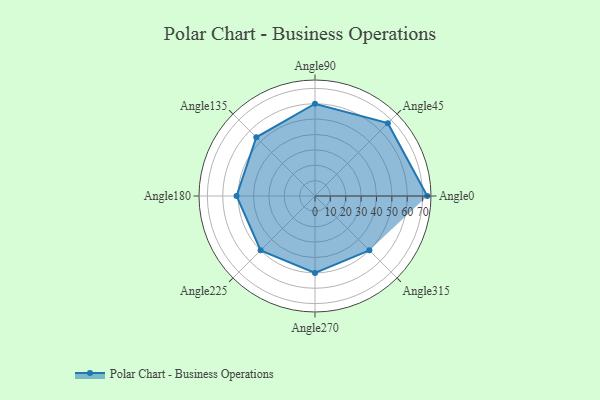
{"axis": {"x": "Angle", "y": "Radius"}, "legend": [""], "data": [{"x": "Angle0", "y": 73.0, "type": ""}, {"x": "Angle45", "y": 67.0, "type": ""}, {"x": "Angle90", "y": 60.0, "type": ""}, {"x": "Angle135", "y": 54.0, "type": ""}, {"x": "Angle180", "y": 51.0, "type": ""}, {"x": "Angle225", "y": 50, "type": ""}, {"x": "Angle270", "y": 50, "type": ""}, {"x": "Angle315", "y": 50, "type": ""}]}